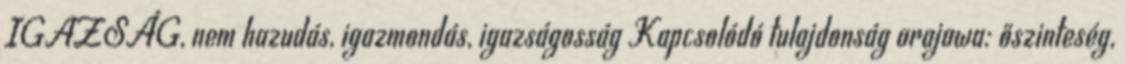
IGAZSÁG, nem hazudás, igazmondás, igazságosság Kapcsolódó tulajdonság arajawa: őszinteség,